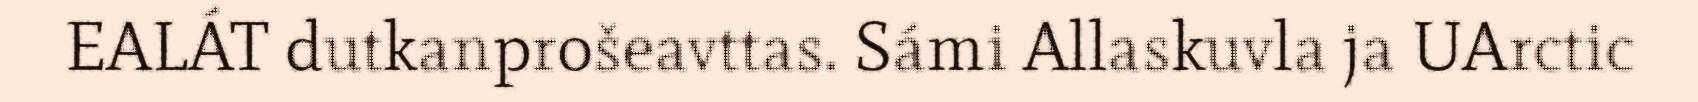
EALÁT dutkanprošeavttas. Sámi Allaskuvla ja UArctic